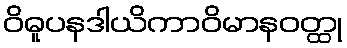
ဝိဓူပနဒါယိကာဝိမာနဝတ္ထု